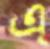
এ্